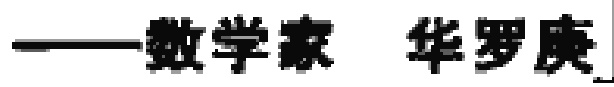
——数学家 华罗庚